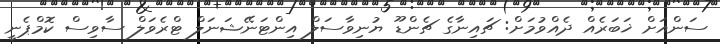
ސަންއަށް ޚަބަރެއް ދެއްވުމަށް: ޗައިނާގެ ޗެންޑޫ ޔުނިވާސަލް އިންޓަނޭޝަނަލް ޓްރެވަލް ސާވިސް ކޮމްޕެނީ